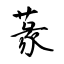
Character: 蒃